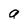
Character: a